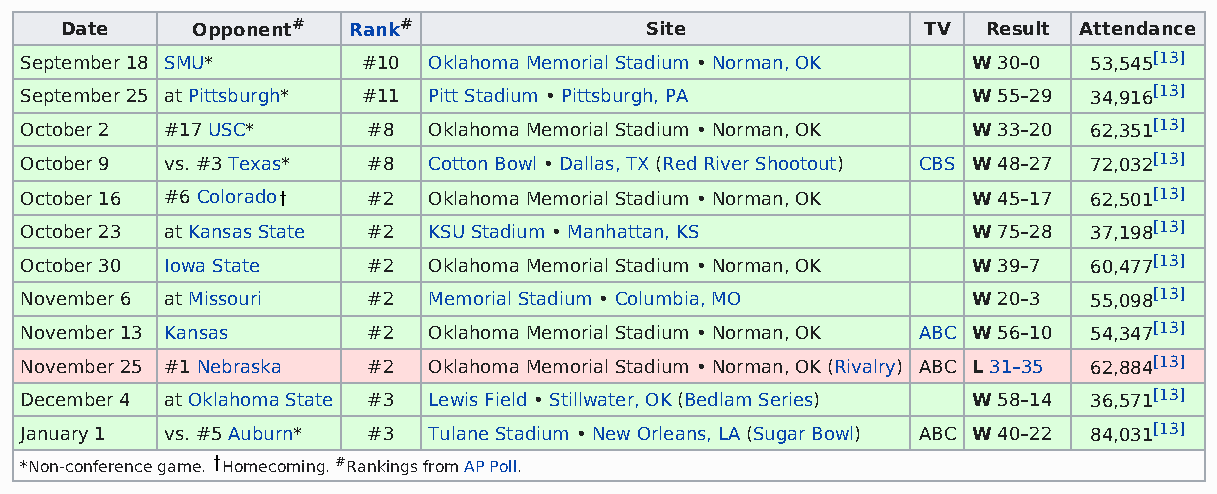
Date     Opponent# Rank#               Site              TV  Result Attendance
 September 18 SMU*      #10 Oklahoma Memorial Stadium • Norman, OK W 30–0 53,545[13]
 September 25 at Pittsburgh* #11 Pitt Stadium • Pittsburgh, PA  W 55–29 34,916[13]
 October 2 #17 USC*     #8  Oklahoma Memorial Stadium • Norman, OK W 33–20 62,351[13]
 October 9 vs. #3 Texas* #8 Cotton Bowl • Dallas, TX (Red River Shootout) CBS W 48–27 72,032[13]
 October 16 #6 Colorado #2  Oklahoma Memorial Stadium • Norman, OK W 45–17 62,501[13]
 October 23 at Kansas State #2 KSU Stadium • Manhattan, KS      W 75–28 37,198[13]
 October 30 Iowa State  #2  Oklahoma Memorial Stadium • Norman, OK W 39–7 60,477[13]
 November 6 at Missouri #2  Memorial Stadium • Columbia, MO     W 20–3  55,098[13]
 November 13 Kansas     #2  Oklahoma Memorial Stadium • Norman, OK ABC W 56–10 54,347[13]
 November 25 #1 Nebraska #2 Oklahoma Memorial Stadium • Norman, OK (Rivalry) ABC L 31–35 62,884[13]
 December 4 at Oklahoma State #3 Lewis Field • Stillwater, OK (Bedlam Series) W 58–14 36,571[13]
 January 1 vs. #5 Auburn* #3 Tulane Stadium • New Orleans, LA (Sugar Bowl) ABC W 40–22 84,031[13]
 *Non-conference game. Homecoming. #Rankings from AP Poll.